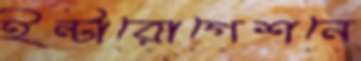
ইন্টারোগেশনে